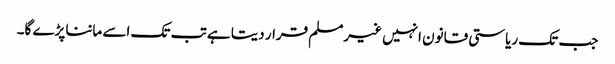
جب تک ریاستی قانون انہیں غیرمسلم قرار دیتا ہے تب تک اسے ماننا پڑے گا۔